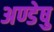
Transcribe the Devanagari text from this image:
अण्डेषु